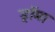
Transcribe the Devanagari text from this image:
ड्रॉमा